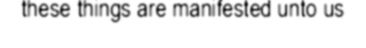
these things are manifested unto us